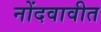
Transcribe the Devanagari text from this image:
नोंदवावीत